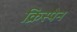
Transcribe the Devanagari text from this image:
क्रिस्पेन